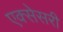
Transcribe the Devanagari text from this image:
एक्सेसरी